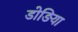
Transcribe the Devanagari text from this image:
डोङिया